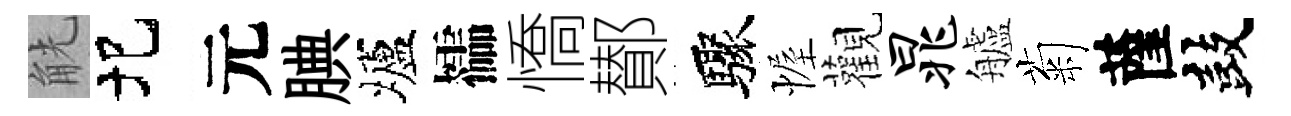
觥圯元腆壚櫺憍鄼驟幄觀晁艫菊薩鼓